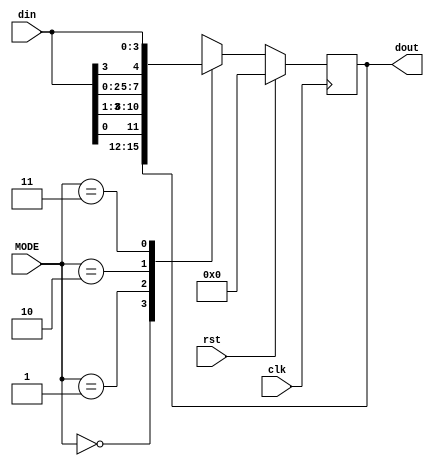
module universal(dout, clk, rst, MODE, din);
  output reg [3:0] dout;
  input clk, rst;
  input [1:0] MODE;
  input [3:0] din;
  
  always @(posedge clk)
  begin
    if(rst)
      dout <= 0;
    else
      begin
        case(MODE)
          2'b00 : dout <= dout;      
	  2'b01 : dout <= {din[0], din[3:1]}; 
          2'b10 : dout <= {din[2:0], din[3]}; 
          2'b11 : dout <= din;      
        endcase
      end
  end
  
endmodule